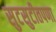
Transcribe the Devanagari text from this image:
सुटसुटीतपणा